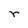
Character: r